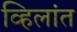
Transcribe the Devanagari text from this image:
व्हिलांत